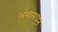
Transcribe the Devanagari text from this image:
अंशांमधून